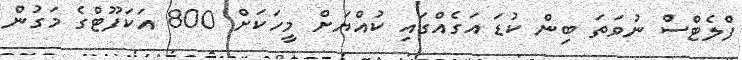
ފްލެޓްސް ނުވަތަ ބިން ކުޑަ އަގެއްގައި ކުއްޔަށް މީހަކަށް 800 އަކަފޫޓްގެ މަގުން